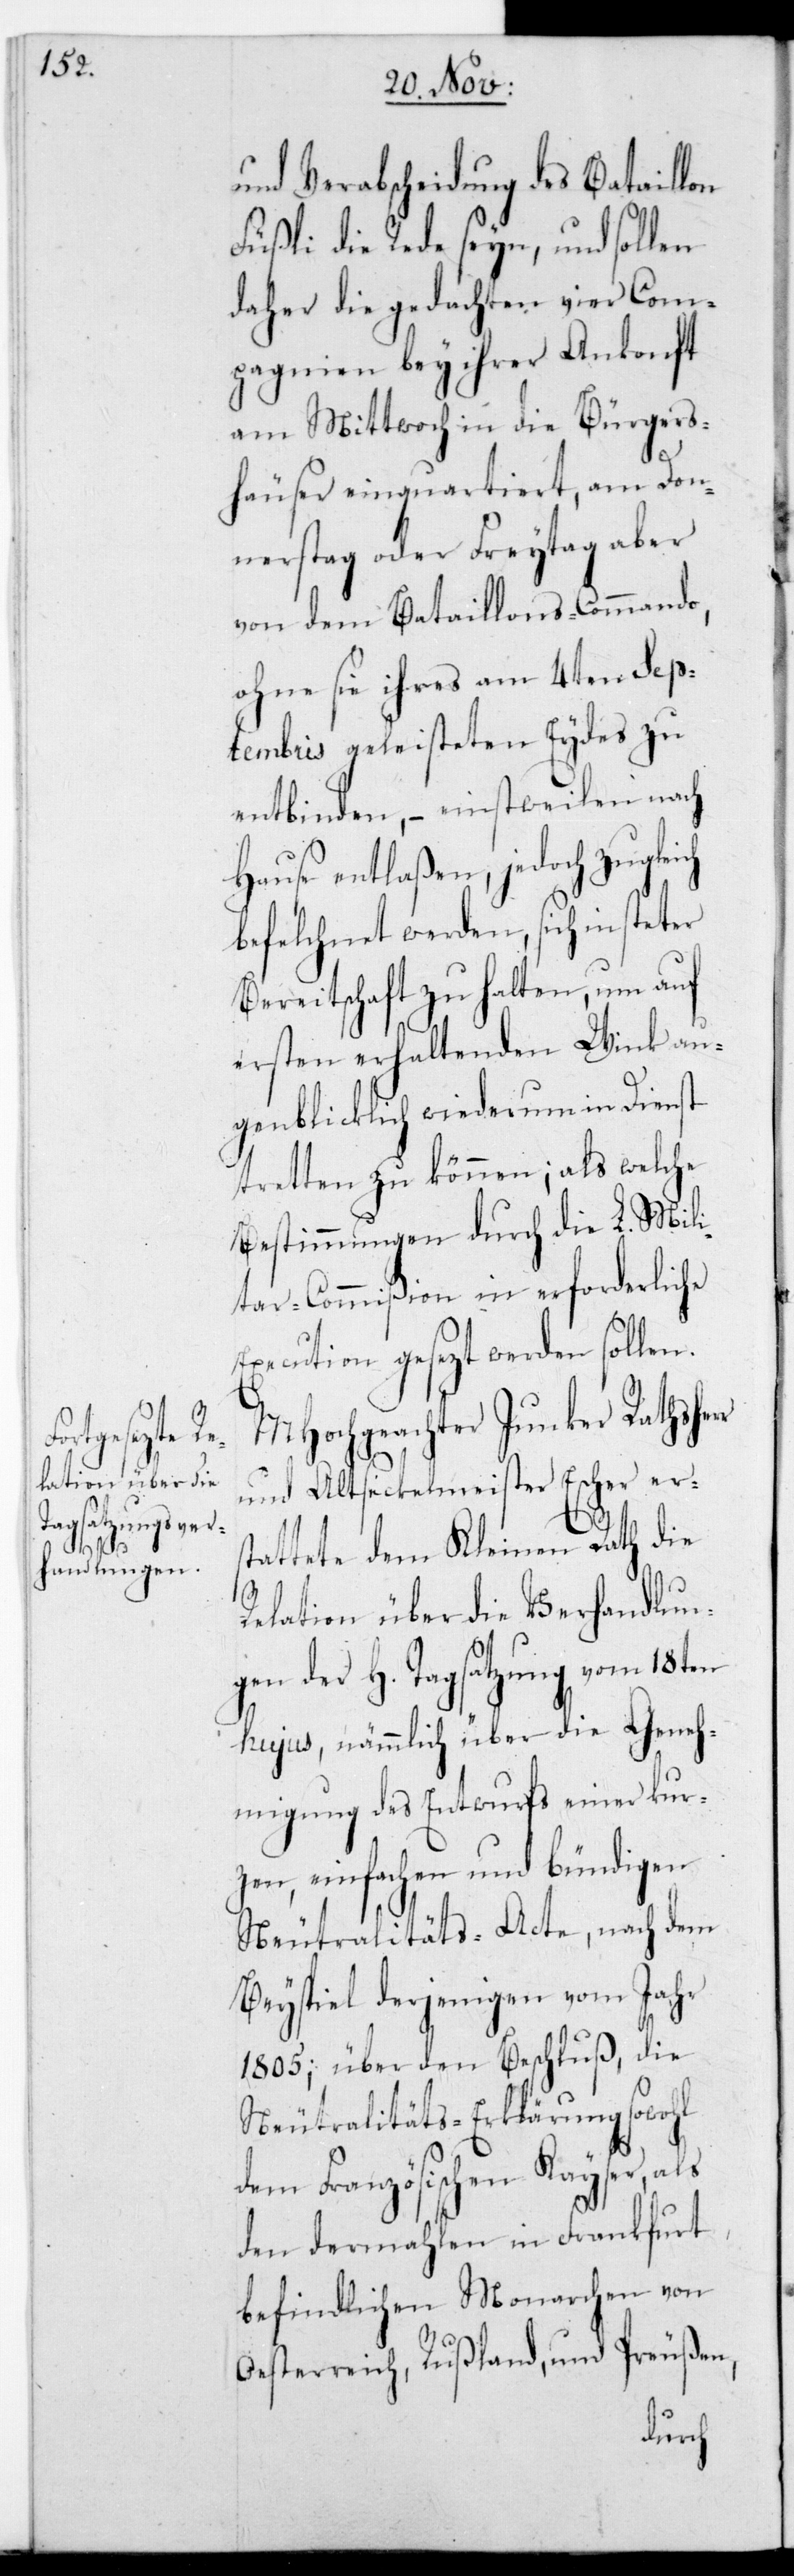
gen d¬

und Verabscheidung des Bataillon
Füßli die Rede seyn, und sollen
daher die gedachten vier Com¬
pagnien bey ihrer Ankonft
am Mittwoch in die Bürgers¬
häuser einquartiert, am Don¬
nerstag oder Freytag aber
von dem Bataillons-Commando,
ohne sie ihres am 4ten Sep¬
tembris geleisteten Eydes zu
entbinden, – einstweilen nach
Hause entlaßen, jedoch zugleich
befelchnet werden, sich in steter
Bereitschaft zu halten, um auf
ersten erhaltenden Wink au¬
genblicklich wiederum in Dienst
tretten zu können; als welche
Bestimmungen durch die L. Mili¬
tar-Commißion in erforderliche
Execution gesetzt werden sollen.
MHochgeachter Junker Rathsher¬
und Altsekelmeister Escher ers¬
tattete dem Kleinen Rath die
Relation über die Verhandlun¬
er Hohen Tagsatzung vom 18ten
hujus, nämmlich über die Geneh¬
migung des Entwurfs einer kur¬
zen, einfachen und bündigen
Neutralitäts-Acte, nach dem
Beyspiel derjenigen vom Jahr
1805., über den Beschluß die
Neutralitäts-Erklärung sowohl
dem Französischen Kayser als
den dermahlen in Frankfurt
befindlichen Monarchen von
Oesterreich, Rußland, und Preußen,